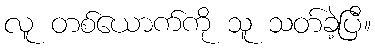
လူ တစ်ယောက်ကို သူ သတ်ခဲ့ပြီ။